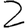
Digit: 2